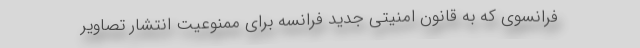
فرانسوی که به قانون امنیتی جدید فرانسه برای ممنوعیت انتشار تصاویر